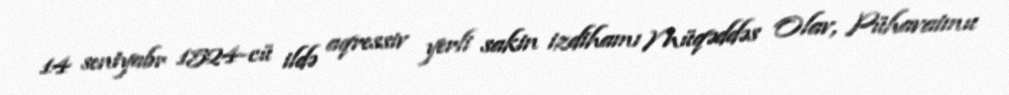
14 sentyabr 1524-cü ildə aqressiv yerli sakin izdihamı Müqəddəs Olav, Pühavaimu